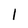
Character: I